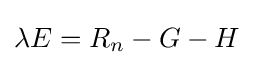
\lambda E=R_{n}-G-H\,\!